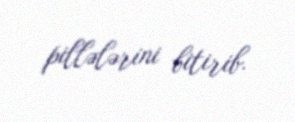
pillələrini bitirib.